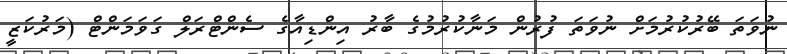
ނުވަތަ ބޭރުކުރުމަށް ނުވަތަ ފުރުން މަނާކުރުމުގެ ބާރު އިންޑިއާގެ ސެންޓްރަލް ގަވަމަންޓް (މަރުކަޒީ